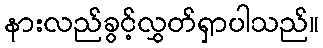
နားလည်ခွင့်လွှတ်ရှာပါသည်။